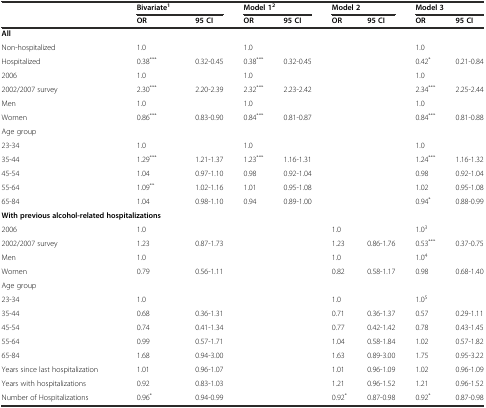
<table><thead><tr><td></td><td colspan="2"><b>Bivariate<sup>1</sup></b></td><td colspan="2"><b>Model 1<sup>2</sup></b></td><td colspan="2"><b>Model 2</b></td><td colspan="2"><b>Model 3</b></td></tr><tr><td></td><td><b>OR</b></td><td><b>95 CI</b></td><td><b>OR</b></td><td><b>95 CI</b></td><td><b>OR</b></td><td><b>95 CI</b></td><td><b>OR</b></td><td><b>95 CI</b></td></tr></thead><tbody><tr><td><b>All</b></td><td></td><td></td><td></td><td></td><td></td><td></td><td></td><td></td></tr><tr><td>Non-hospitalized</td><td>1.0</td><td></td><td>1.0</td><td></td><td></td><td></td><td>1.0</td><td></td></tr><tr><td>Hospitalized</td><td>0.38<sup>***</sup></td><td>0.32-0.45</td><td>0.38<sup>***</sup></td><td>0.32-0.45</td><td></td><td></td><td>0.42<sup>*</sup></td><td>0.21-0.84</td></tr><tr><td>2006</td><td>1.0</td><td></td><td>1.0</td><td></td><td></td><td></td><td>1.0</td><td></td></tr><tr><td>2002/2007 survey</td><td>2.30<sup>***</sup></td><td>2.20-2.39</td><td>2.32<sup>***</sup></td><td>2.23-2.42</td><td></td><td></td><td>2.34<sup>***</sup></td><td>2.25-2.44</td></tr><tr><td>Men</td><td>1.0</td><td></td><td>1.0</td><td></td><td></td><td></td><td>1.0</td><td></td></tr><tr><td>Women</td><td>0.86<sup>***</sup></td><td>0.83-0.90</td><td>0.84<sup>***</sup></td><td>0.81-0.87</td><td></td><td></td><td>0.84<sup>***</sup></td><td>0.81-0.88</td></tr><tr><td>Age group</td><td></td><td></td><td></td><td></td><td></td><td></td><td></td><td></td></tr><tr><td>23-34</td><td>1.0</td><td></td><td>1.0</td><td></td><td></td><td></td><td>1.0</td><td></td></tr><tr><td>35-44</td><td>1.29<sup>***</sup></td><td>1.21-1.37</td><td>1.23<sup>***</sup></td><td>1.16-1.31</td><td></td><td></td><td>1.24<sup>***</sup></td><td>1.16-1.32</td></tr><tr><td>45-54</td><td>1.04</td><td>0.97-1.10</td><td>0.98</td><td>0.92-1.04</td><td></td><td></td><td>0.98</td><td>0.92-1.04</td></tr><tr><td>55-64</td><td>1.09<sup>**</sup></td><td>1.02-1.16</td><td>1.01</td><td>0.95-1.08</td><td></td><td></td><td>1.02</td><td>0.95-1.08</td></tr><tr><td>65-84</td><td>1.04</td><td>0.98-1.10</td><td>0.94</td><td>0.89-1.00</td><td></td><td></td><td>0.94<sup>*</sup></td><td>0.88-0.99</td></tr><tr><td colspan="2"><b>With previous alcohol-related hospitalizations</b></td><td></td><td></td><td></td><td></td><td></td><td></td><td></td></tr><tr><td>2006</td><td>1.0</td><td></td><td></td><td></td><td>1.0</td><td></td><td>1.0<sup>3</sup></td><td></td></tr><tr><td>2002/2007 survey</td><td>1.23</td><td>0.87-1.73</td><td></td><td></td><td>1.23</td><td>0.86-1.76</td><td>0.53<sup>***</sup></td><td>0.37-0.75</td></tr><tr><td>Men</td><td>1.0</td><td></td><td></td><td></td><td>1.0</td><td></td><td>1.0<sup>4</sup></td><td></td></tr><tr><td>Women</td><td>0.79</td><td>0.56-1.11</td><td></td><td></td><td>0.82</td><td>0.58-1.17</td><td>0.98</td><td>0.68-1.40</td></tr><tr><td>Age group</td><td></td><td></td><td></td><td></td><td></td><td></td><td></td><td></td></tr><tr><td>23-34</td><td>1.0</td><td></td><td></td><td></td><td>1.0</td><td></td><td>1.0<sup>5</sup></td><td></td></tr><tr><td>35-44</td><td>0.68</td><td>0.36-1.31</td><td></td><td></td><td>0.71</td><td>0.36-1.37</td><td>0.57</td><td>0.29-1.11</td></tr><tr><td>45-54</td><td>0.74</td><td>0.41-1.34</td><td></td><td></td><td>0.77</td><td>0.42-1.42</td><td>0.78</td><td>0.43-1.45</td></tr><tr><td>55-64</td><td>0.99</td><td>0.57-1.71</td><td></td><td></td><td>1.04</td><td>0.58-1.84</td><td>1.02</td><td>0.57-1.82</td></tr><tr><td>65-84</td><td>1.68</td><td>0.94-3.00</td><td></td><td></td><td>1.63</td><td>0.89-3.00</td><td>1.75</td><td>0.95-3.22</td></tr><tr><td>Years since last hospitalization</td><td>1.01</td><td>0.96-1.07</td><td></td><td></td><td>1.01</td><td>0.96-1.09</td><td>1.02</td><td>0.96-1.09</td></tr><tr><td>Years with hospitalizations</td><td>0.92</td><td>0.83-1.03</td><td></td><td></td><td>1.21</td><td>0.96-1.52</td><td>1.21</td><td>0.96-1.52</td></tr><tr><td>Number of Hospitalizations</td><td>0.96<sup>*</sup></td><td>0.94-0.99</td><td></td><td></td><td>0.92<sup>*</sup></td><td>0.87-0.98</td><td>0.92<sup>*</sup></td><td>0.87-0.98</td></tr></tbody></table>